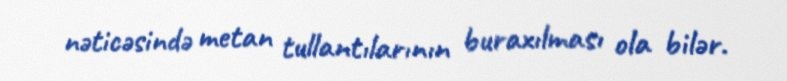
nəticəsində metan tullantılarının buraxılması ola bilər.